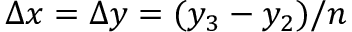
\Delta x = \Delta y = ( y _ { 3 } - y _ { 2 } ) / n